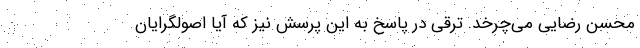
محسن رضایی می‌چرخد. ترقی در پاسخ به این پرسش نیز که آیا اصولگرایان